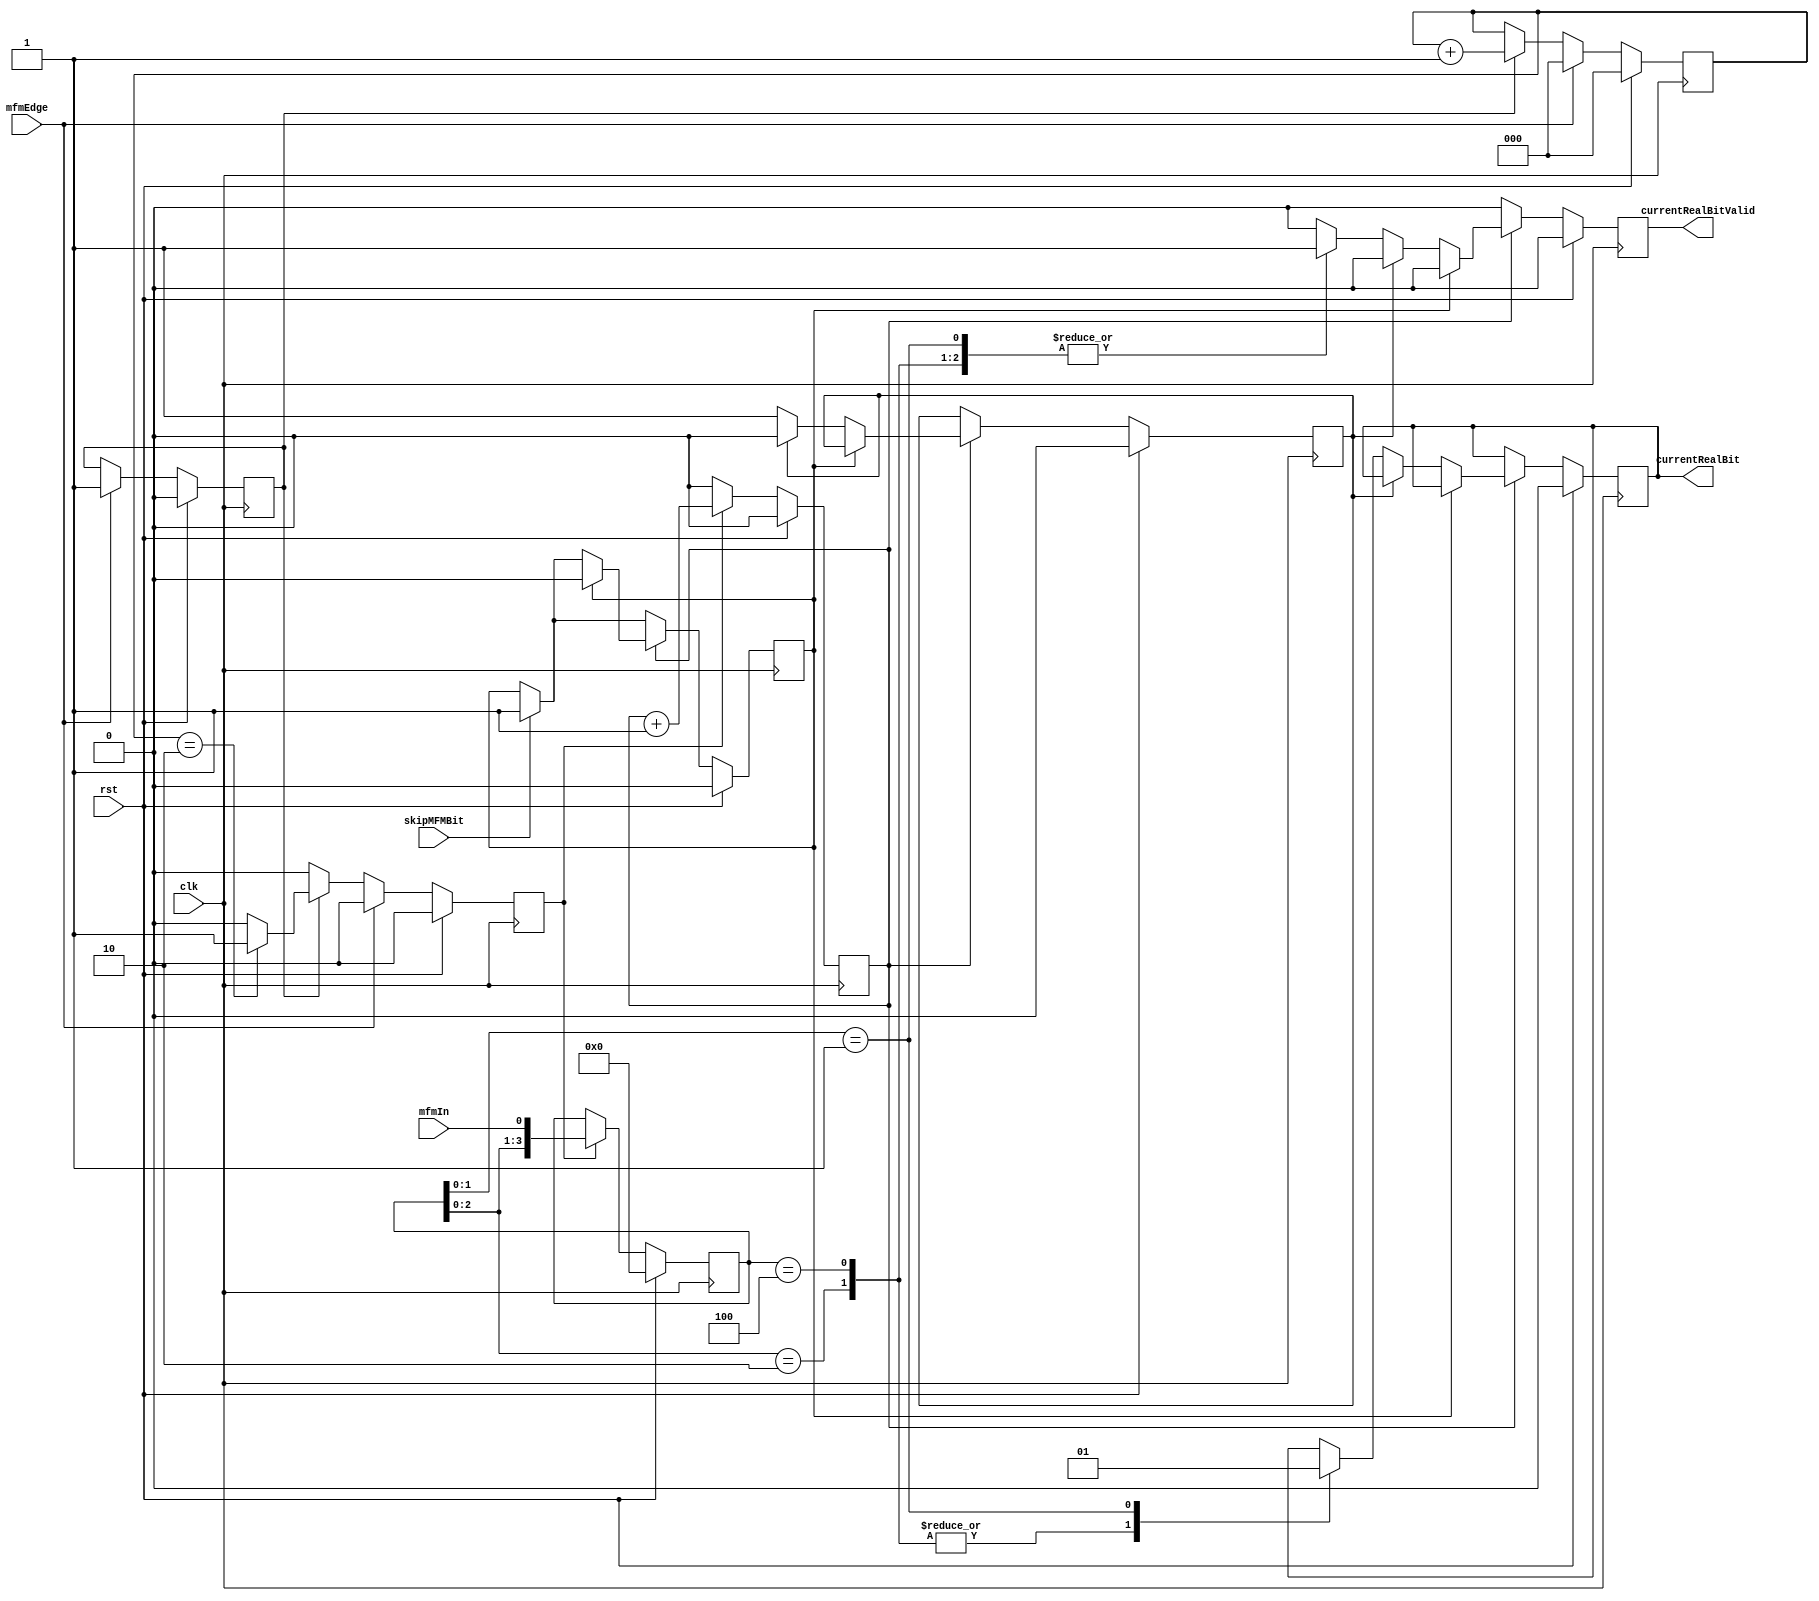
module mfmDecode(clk, rst, mfmIn, mfmEdge, skipMFMBit, currentRealBit, currentRealBitValid);
  input  clk; //Reception Clock (approximately 61.2us period) 65.536Mhz
  input  rst; //Positive Synchronous Reset
  input  mfmIn; //mfm encoded, self clocking data stream from RL-02
  input  mfmEdge; //Positive input on changing edge of MFM data
  input  skipMFMBit; //There are bit patterns (the header is one of them) that can appear valid when we're actually fenceposted (off by one). Only the FSM can know if this has occured (before it's an error)
  output reg currentRealBit;
  output reg currentRealBitValid;
  
  reg [2:0] mfmTimer; //DPLL counter
  reg firstEdgeDetected;
  reg currentMFMBitValid;//Flag that currentMFMBit holds valid sampled data
  reg updateRealBit;
  reg localSkipMFMBit;
  reg skipOutputLoop;
  
  reg [3:0] prevMFMBits;
  
  always @(posedge clk) begin //DPLL sampling thingy
    if(rst) begin
      mfmTimer <= 4'b0;
      firstEdgeDetected <= 0;
      currentMFMBitValid <= 0;
    end else begin
      currentMFMBitValid <= 0;
      if(mfmEdge) begin//If there's a data transition
        mfmTimer <= 4'b0;//Reset the DPLL
        firstEdgeDetected <= 1;
      end else begin//If we're free running
        if(firstEdgeDetected) begin
          mfmTimer <= mfmTimer + 1'b1;
			 if(mfmTimer == 2) begin //if it is time to sample
            currentMFMBitValid <= 1;
          end
        end
      end
    end
  end
  
  always @(posedge clk) begin
    if(rst) begin
      currentRealBit <= 0;
      currentRealBitValid <= 0;
		prevMFMBits <= 4'b0;
		updateRealBit <= 0;
		localSkipMFMBit <= 0;
		skipOutputLoop <= 0;
    end else begin
      
		currentRealBitValid <= 0;
		updateRealBit <= 0;
		
		if(skipMFMBit) begin
		  localSkipMFMBit <= 1;
		end

      if(currentMFMBitValid) begin
        prevMFMBits <= {prevMFMBits[2:0], mfmIn};
		  updateRealBit <= updateRealBit + 1;
	   end
		
		if(updateRealBit) begin
		  if(localSkipMFMBit) begin
		    localSkipMFMBit <= 0;
		  end else if(skipOutputLoop) begin
		     skipOutputLoop <= 0;
		  end else begin
		     skipOutputLoop <= 1;
			  casez (prevMFMBits)

				 4'b0100,4'bz010: begin
					currentRealBit <= 0; 
					currentRealBitValid <= 1;
				 end
				
				 4'bzz01: begin
					currentRealBit <= 1;
					currentRealBitValid <= 1;
				 end
				 
				 default: begin
					$display("MFM ERROR"); //TODO Maybe add error flag to report up the problem (likely this will be a Fail the sector unless special mode is enabled) (note: will need some sort of holdoff if doing this for the initial deocde)
				 end

			  endcase
			end
		end		
    end
  end

endmodule